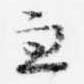
兼